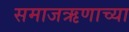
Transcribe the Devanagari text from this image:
समाजऋणाच्या